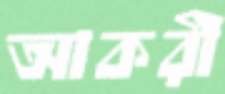
আকরী